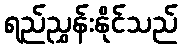
ရည်ညွှန်းနိုင်သည်